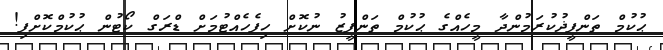
ޙުކުމް ތަންފީޛުކުރަމުންދާ މީހެއްގެ ޙުކުމް ތަންފީޒު ނުކޮށް ހިފެހެއްޓުމަށް ޑްރަގް ކޯޓުން ޙުކުމްކޮށްފި!